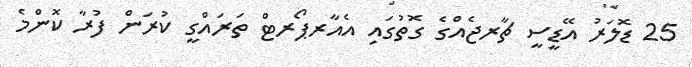
25 ޑޮލަރު އޭޑީސީ ޗާރޖެއްގެ ގޮތުގައި އެއާރޕޯރޓް ތަރައްގީ ކުރަން ފުރާ ކޮންމެ